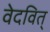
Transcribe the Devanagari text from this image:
वेदवित्